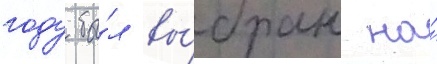
году бы́л вы́бран на́